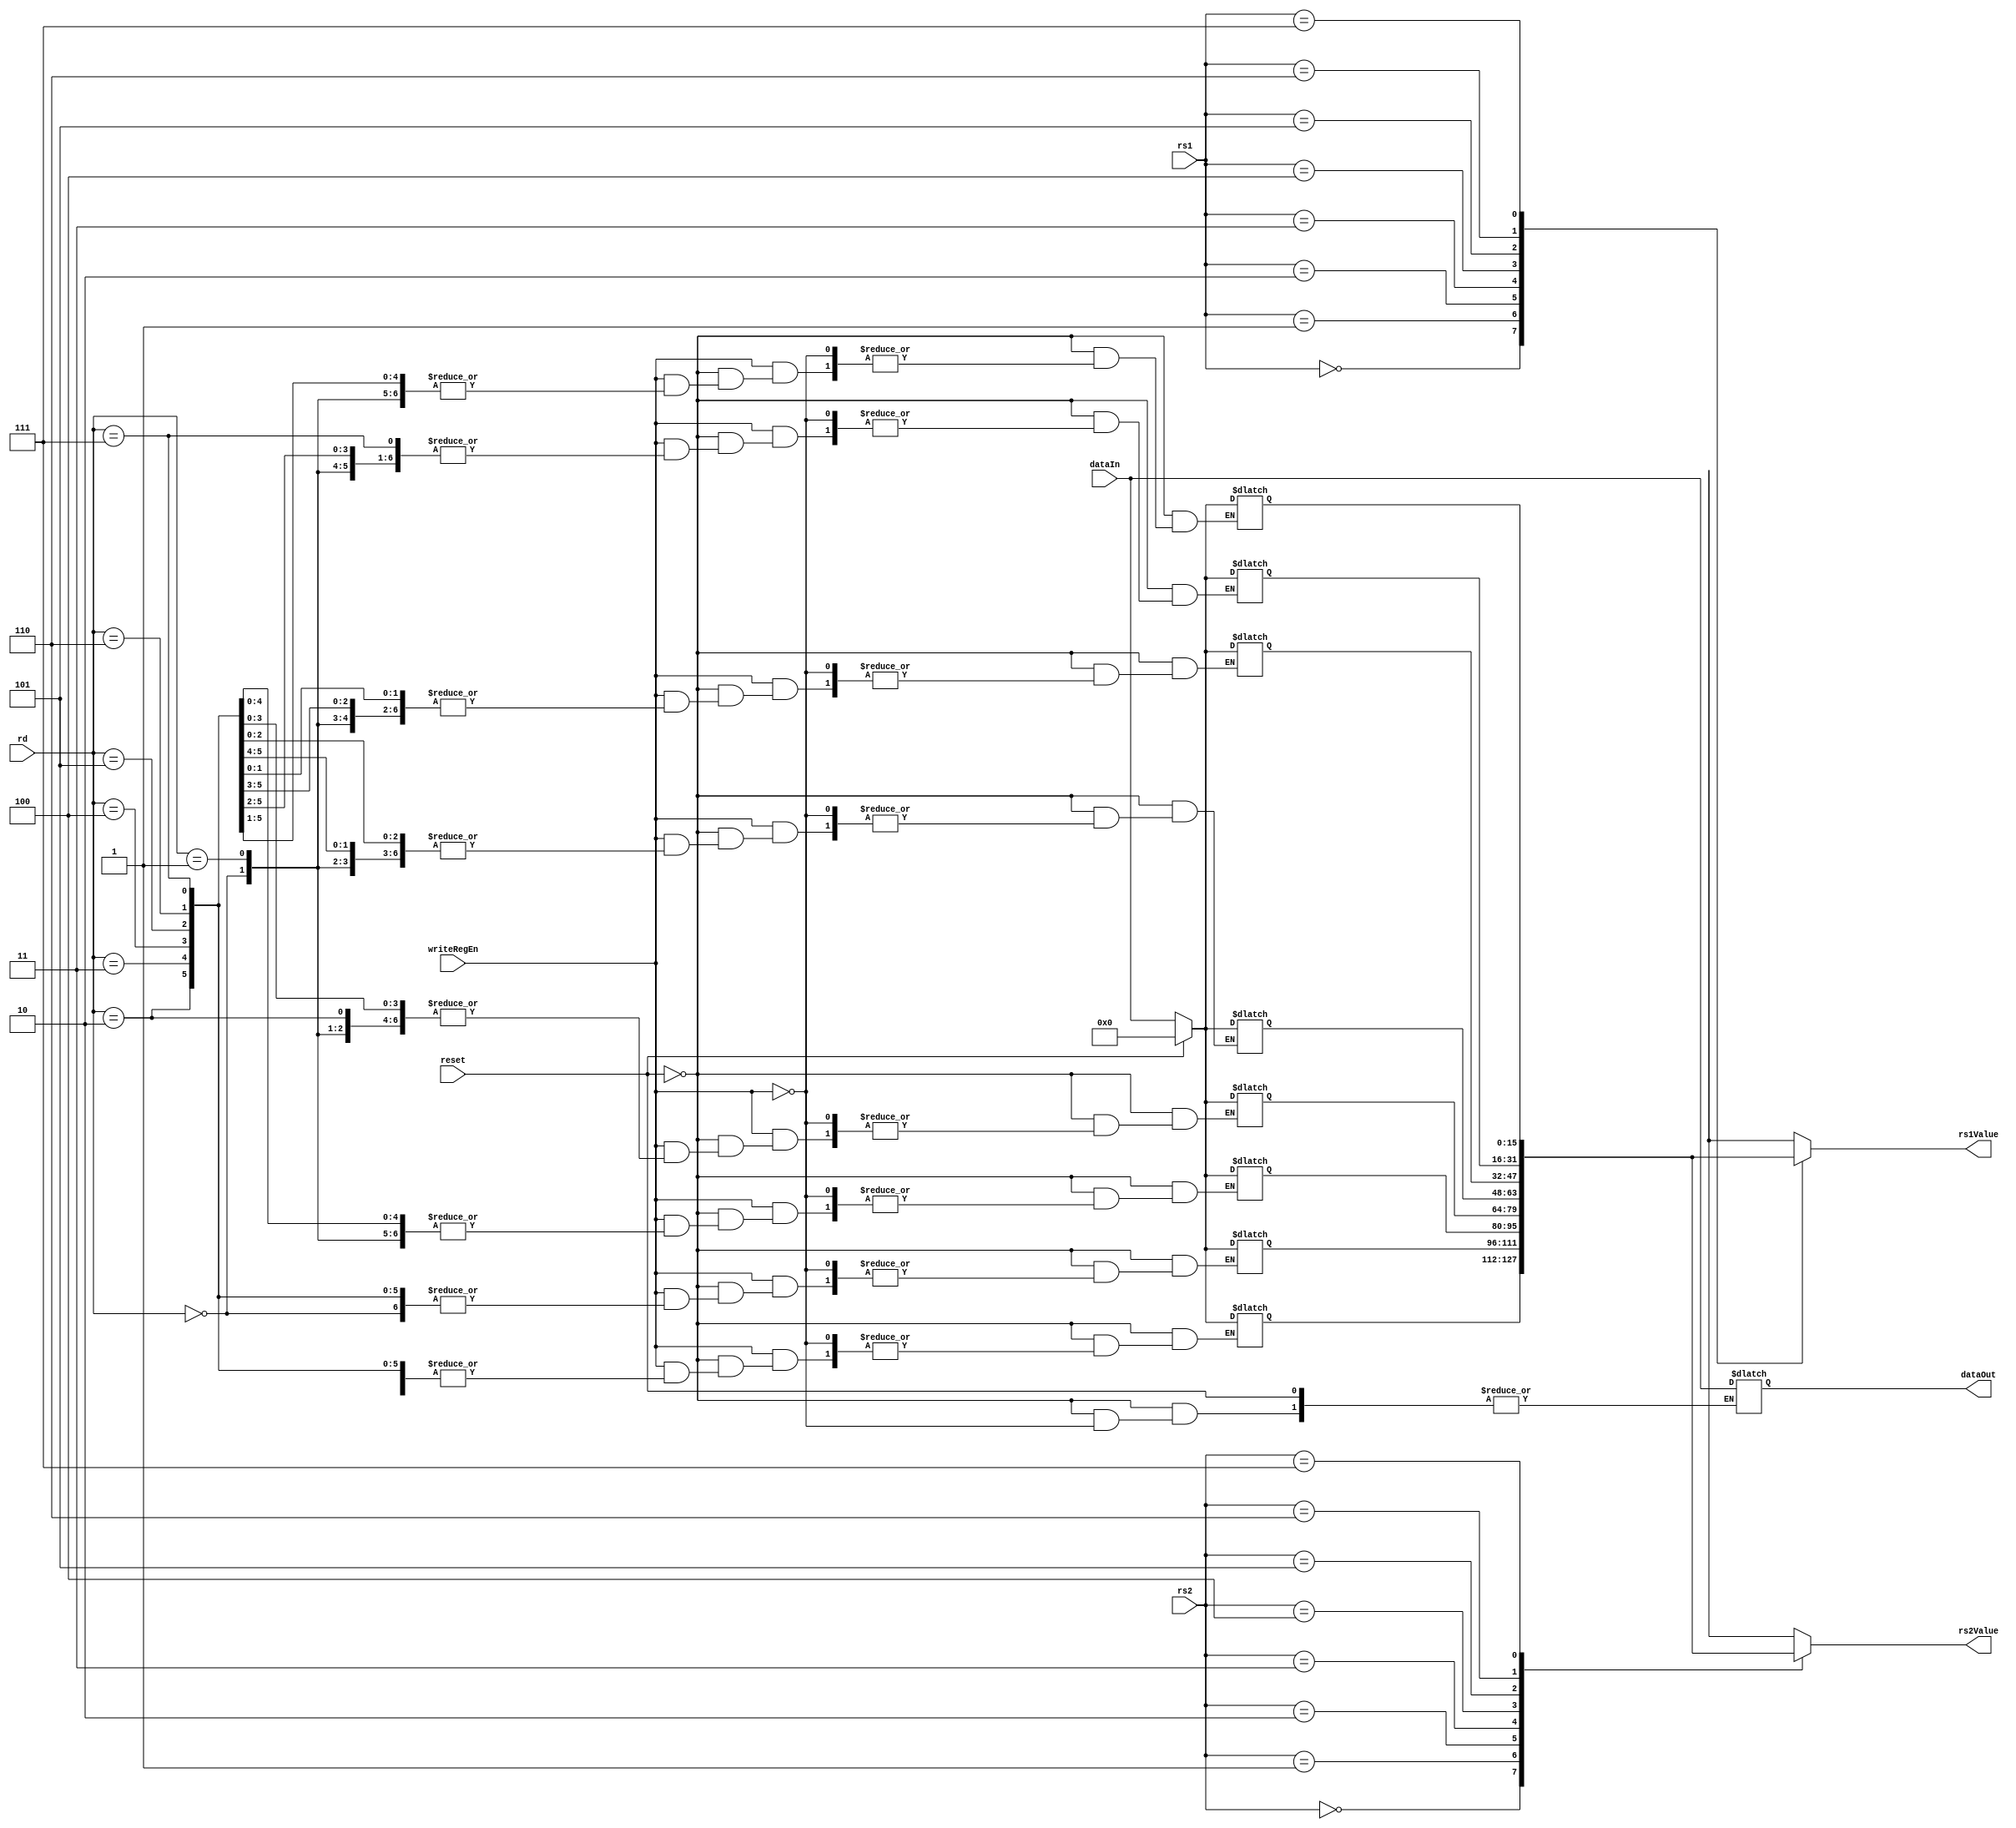
`timescale 1ns / 1ps
module registerFile(input reset,
                    input [2:0] rd,
                    input [2:0] rs1,
                    input [2:0] rs2,
                    input writeRegEn,
                    input [15:0] dataIn,
                    output reg [15:0] dataOut,
                    output reg [15:0] rs1Value,
                    output reg [15:0] rs2Value);
                    
reg [15:0] regArray [7:0];
integer i;
integer k;

always @(*) begin
    rs1Value = regArray[rs1];
    rs2Value = regArray[rs2];
if(reset) begin
    for (i = 0; i <= 7; i=i+1) begin
        regArray[i] = 16'd0;
    end//for 
end//reset
else if(writeRegEn) begin                //confused
    for (k=0; k<16;k=k+1) begin
        dataOut[k] = dataIn[k];
    end
    regArray[rd] = dataOut;
end//elseif
end//always                    
                    
endmodule